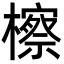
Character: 檫